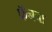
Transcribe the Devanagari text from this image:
फॅनचा